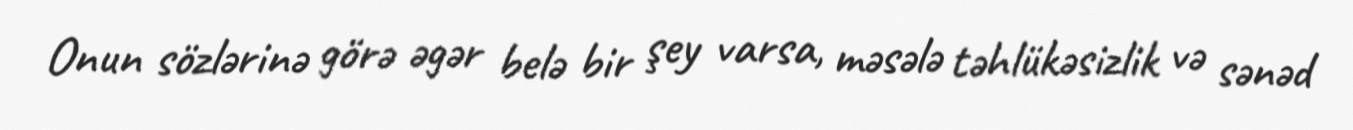
Onun sözlərinə görə əgər belə bir şey varsa, məsələ təhlükəsizlik və sənəd